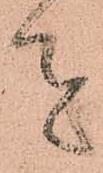
者